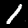
Digit: 1